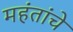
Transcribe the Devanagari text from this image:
महंतांचे